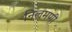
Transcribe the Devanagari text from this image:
निलमणी